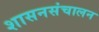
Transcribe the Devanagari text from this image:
शासनसंचालन